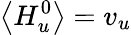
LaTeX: \left\langle H_{u}^{0}\right\rangle=v_{u}